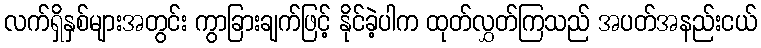
လက်ရှိနှစ်များအတွင်း ကွာခြားချက်ဖြင့် နိုင်ခဲ့ပါက ထုတ်လွှတ်ကြသည် အပတ်အနည်းငယ်